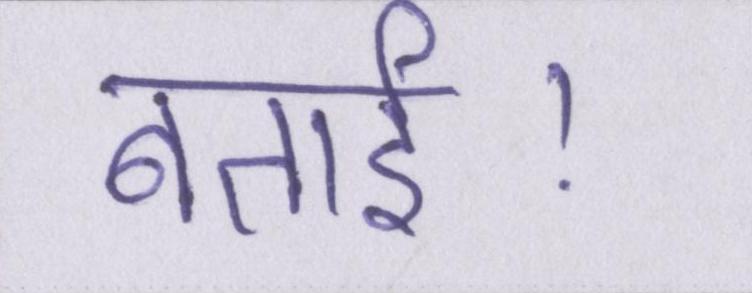
बताई।